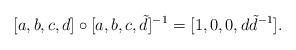
LaTeX: \begin{align*}[a,b,c,d]\circ[a,b,c,\tilde{d}]^{-1}=[1,0,0,d\tilde{d}^{-1}].\end{align*}